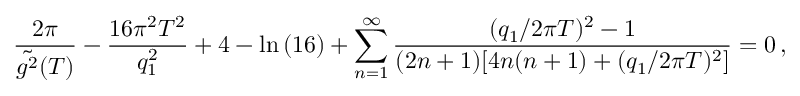
\frac { 2 \pi } { \tilde { g ^ { 2 } } ( T ) } - \frac { 1 6 \pi ^ { 2 } T ^ { 2 } } { q _ { 1 } ^ { 2 } } + 4 - \ln { ( 1 6 ) } + \sum _ { n = 1 } ^ { \infty } \frac { ( q _ { 1 } / 2 \pi T ) ^ { 2 } - 1 } { ( 2 n + 1 ) [ 4 n ( n + 1 ) + ( q _ { 1 } / 2 \pi T ) ^ { 2 } ] } = 0 \, ,